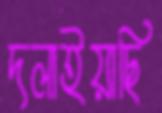
দলাইয়াছি